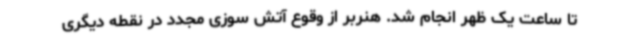
تا ساعت یک ظهر انجام شد. هنربر از وقوع آتش سوزی مجدد در نقطه دیگری